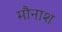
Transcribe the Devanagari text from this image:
मौनाश